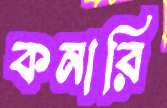
কনারি